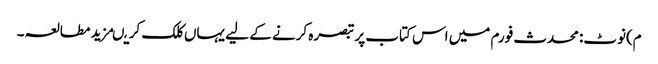
م)نوٹ:محدث فورم میں اس کتاب پر تبصرہ کرنے کے لیے یہاں کلک کریںمزید مطالعہ۔